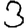
Digit: 3